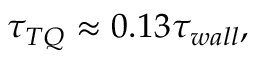
\tau _ { T Q } \approx 0 . 1 3 \tau _ { w a l l } ,